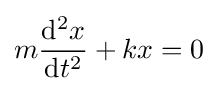
m{\frac {\mathrm {d} ^{2}x}{\mathrm {d} t^{2}}}+kx=0